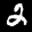
Label: 2